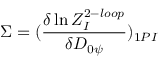
\Sigma = ( \frac { \delta \ln Z _ { I } ^ { 2 - l o o p } } { \delta { \cal D } _ { 0 \psi } } ) _ { 1 P I }